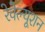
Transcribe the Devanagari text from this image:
रेवेल्यूशन